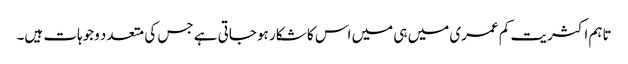
تاہم اکثریت کم عمری میں ہی میں اس کا شکار ہو جاتی ہے جس کی متعدد وجوہات ہیں۔